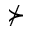
\nsucc